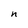
Character: n